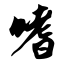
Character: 嗜